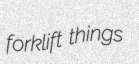
forklift things